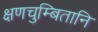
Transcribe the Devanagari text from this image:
क्षणचुम्बितानि